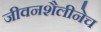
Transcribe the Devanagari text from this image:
जीवनशैलीनेच